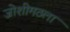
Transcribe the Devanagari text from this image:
जोशीमठला